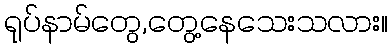
ရုပ်နာမ်တွေ,တွေ့နေသေးသလား။